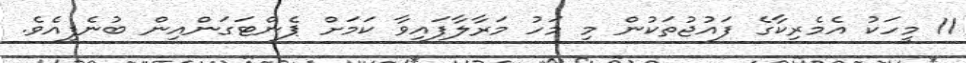
11 މީހަކު އެމެރިކާގެ ފައުޖުތަކުން މި މަހު މަރާލާފައިވާ ކަމަށް ޕެންޓަގަންއިން ބުނެފިއެވެ.